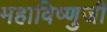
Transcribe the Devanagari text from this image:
महाविष्णुजी